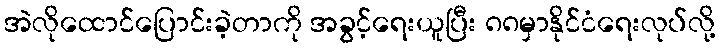
အဲလိုထောင်ပြောင်းခဲ့တာကို အခွင့်ရေးယူပြီး ၈၈မှာနိုင်ငံရေးလုပ်လို့